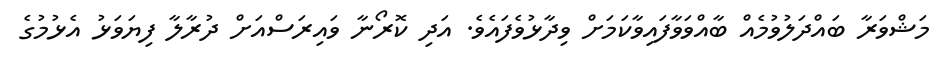
މަޝްވަރާ ބައްދަލުވުމެއް ބާއްވަވާފައިވާކަމަށް ވިދާޅުވެފައެވެ. އަދި ކޮރޯނާ ވައިރަސްއަށް ދުރާލާ ފިޔަވަޅު އެޅުމުގެ